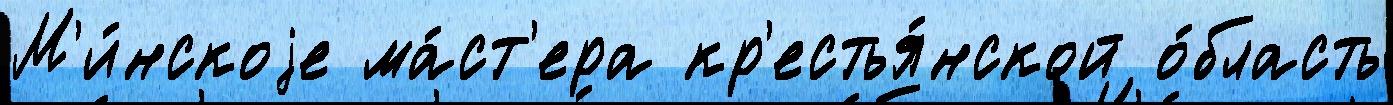
М'и́нскоjе ма́ст'ера кр'естья́нской о́бласть